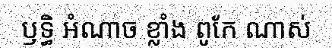
ឫទ្ធិ អំណាច ខ្លាំង ពូកែ ណាស់